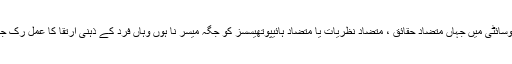
ایسی سوسائٹی میں جہاں متضاد حقائق ، متضاد نظریات یا متضاد ہائیپوتھیسسز کو جگہ میسر نا ہوں وہاں فرد کے ذہنی ارتقا کا عمل رک جاتا ہے۔